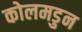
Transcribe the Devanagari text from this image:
कोलमडुन